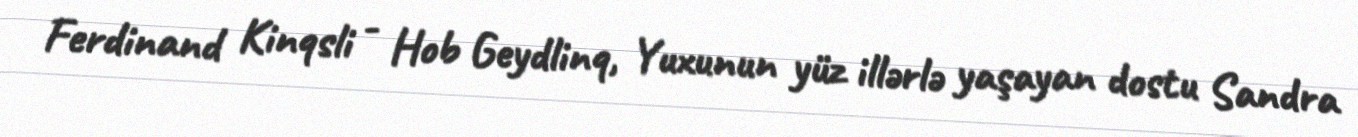
Ferdinand Kinqsli - Hob Geydlinq, Yuxunun yüz illərlə yaşayan dostu Sandra